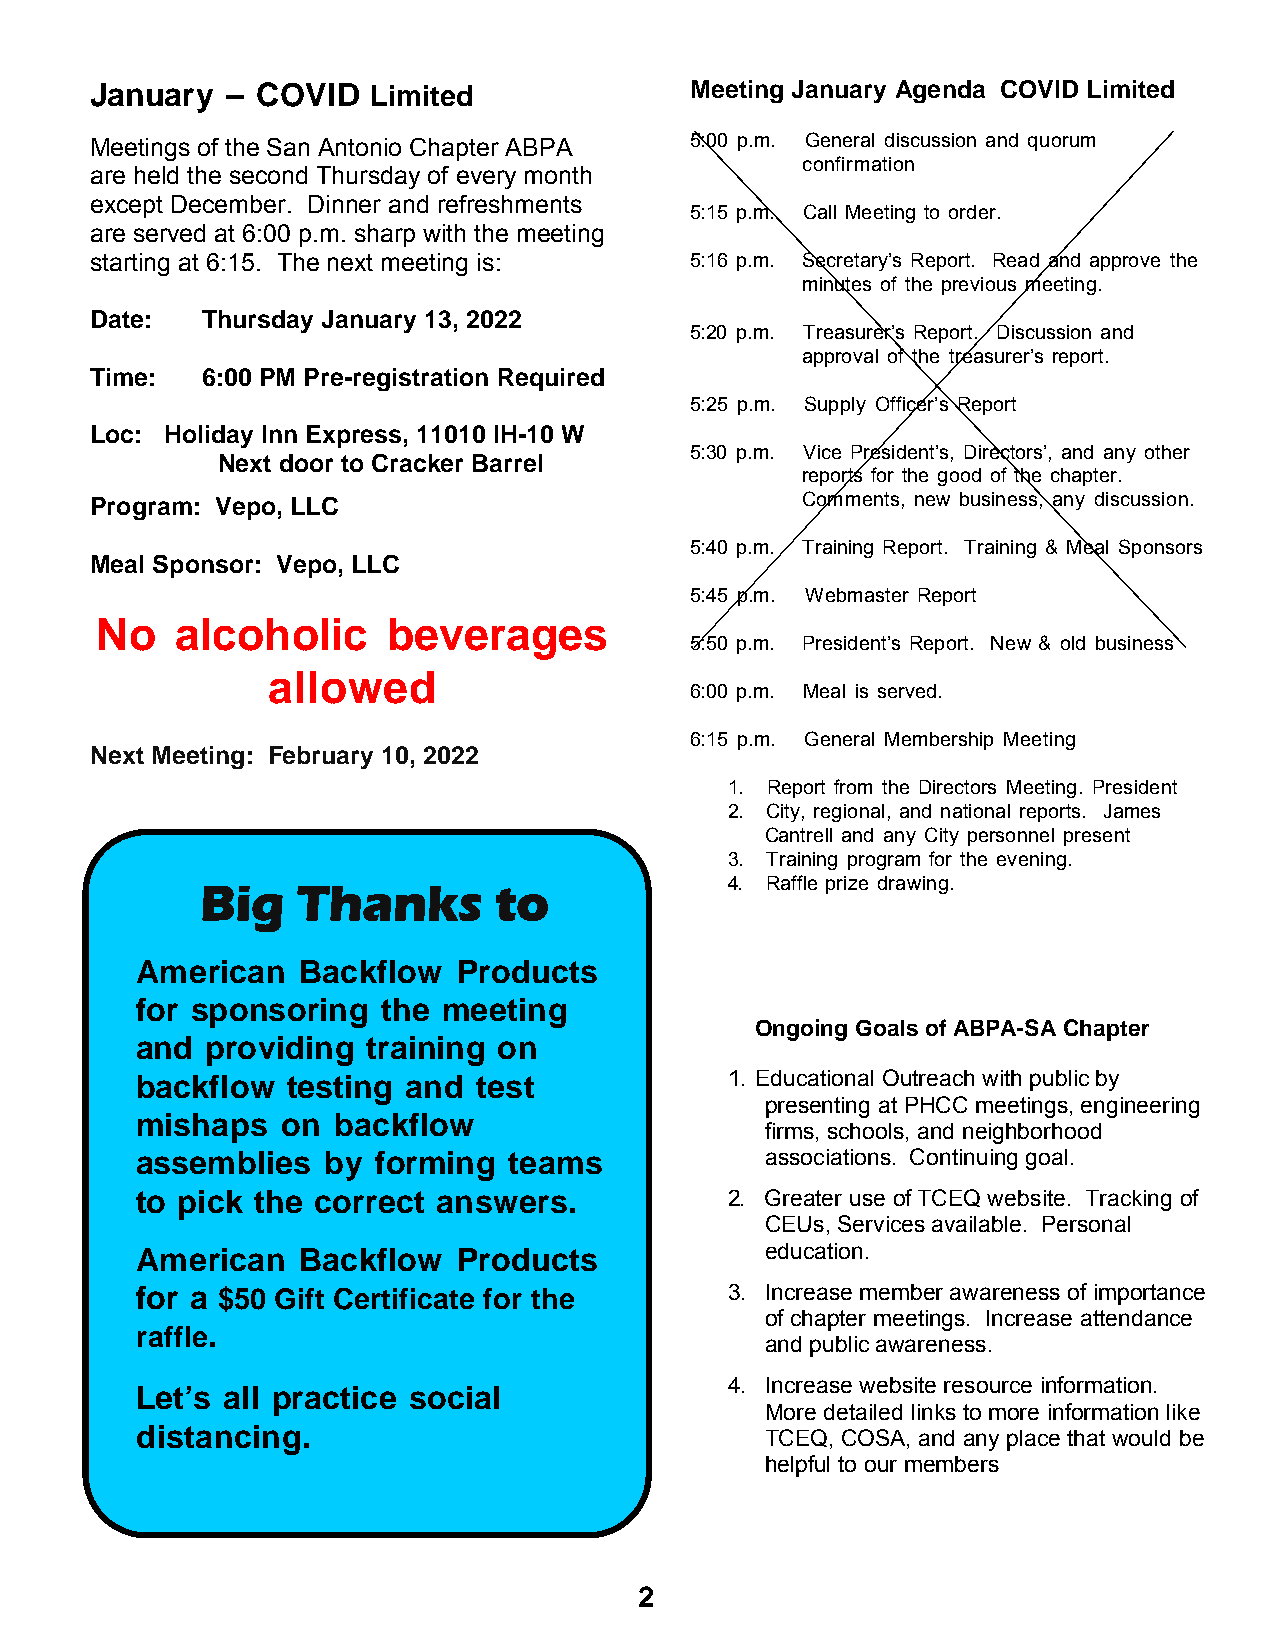
January  – COVID  Limited               Meeting January Agenda COVID Limited
 Meetings of the San Antonio Chapter ABPA 5:00 p.m. General discussion and quorum
 confirmation
 are held the second Thursday of every month
 except December. Dinner and refreshments
 5:15 p.m. Call Meeting to order.
 are served at 6:00 p.m. sharp with the meeting
 starting at 6:15. The next meeting is:  5:16 p.m. Secretary’s Report. Read and approve the
 minutes of the previous meeting.
 Date:  Thursday January 13, 2022
 5:20 p.m. Treasurer’s Report. Discussion and
 approval of the treasurer’s report.
 Time:  6:00 PM Pre-registration Required
 5:25 p.m. Supply Officer’s Report
 Loc: Holiday Inn Express, 11010 IH-10 W
 5:30 p.m. Vice President’s, Directors’, and any other
 Next door to Cracker Barrel
 reports for the good of the chapter.
 Program: Vepo, LLC                             Comments, new business, any discussion.
 5:40 p.m. Training Report. Training & Meal Sponsors
 Meal Sponsor: Vepo, LLC
 5:45 p.m. Webmaster Report
 No    alcoholic     beverages
 5:50 p.m. President’s Report. New & old business
 allowed
 6:00 p.m. Meal is served.
 6:15 p.m. General Membership Meeting
 Next Meeting: February 10, 2022
 1. Report from the Directors Meeting. President
 2. City, regional, and national reports. James
 Cantrell and any City personnel present
 3. Training program for the evening.
 Big    Thanks       to             4. Raffle prize drawing.
 American   Backflow  Products
 for sponsoring  the meeting
 Ongoing Goals of ABPA-SA Chapter
 and  providing training on
 backflow  testing and  test            1. Educational Outreach with public by
 presenting at PHCC meetings, engineering
 mishaps   on backflow
 firms, schools, and neighborhood
 assemblies  by  forming  teams            associations. Continuing goal.
 to pick the correct answers.           2. Greater use of TCEQ website. Tracking of
 CEUs, Services available. Personal
 American   Backflow  Products             education.
 for a $50 Gift Certificate for the     3. Increase member awareness of importance
 of chapter meetings. Increase attendance
 raffle.
 and public awareness.
 Let’s all practice social              4. Increase website resource information.
 More detailed links to more information like
 distancing.
 TCEQ, COSA, and any place that would be
 helpful to our members
 2